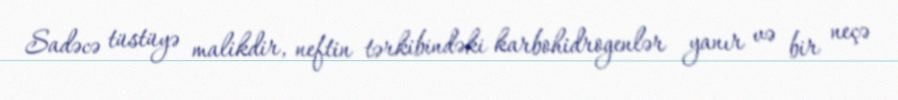
Sadəcə tüstüyə malikdir, neftin tərkibindəki karbohidrogenlər yanır və bir neçə